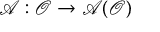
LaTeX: \mathcal { A } : \mathcal { O } \rightarrow \mathcal { A ( O ) }